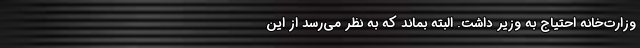
وزارت‌خانه احتیاج به وزیر داشت. البته بماند که به نظر می‌رسد از این